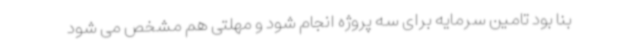
بنا بود تامین سرمایه برای سه پروژه انجام شود و مهلتی هم مشخص می شود